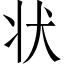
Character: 状